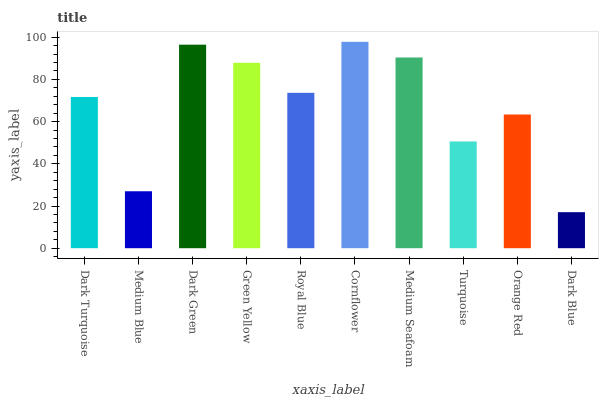
| xaxis_label | bars |
 | --- | --- |
 | Dark Turquoise | 71.7 |
 | Medium Blue | 27 |
 | Dark Green | 96.5 |
 | Green Yellow | 87.9 |
 | Royal Blue | 73.6 |
 | Cornflower | 97.8 |
 | Medium Seafoam | 90.4 |
 | Turquoise | 50.6 |
 | Orange Red | 63.4 |
 | Dark Blue | 17.1 |